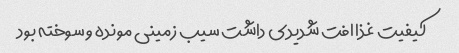
کیفیت غذا افت شدیدی داشت سیب زمینی مونده و سوخته بود